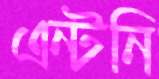
এন্টনি